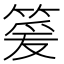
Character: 䈠